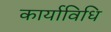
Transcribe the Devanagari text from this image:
कार्याविधि